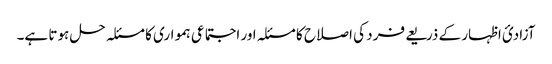
آزادئ اظہار کے ذریعے فرد کی اصلاح کا مسئلہ اور اجتماعی ہمواری کا مسئلہ حل ہوتا ہے۔